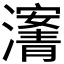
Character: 𰝡